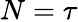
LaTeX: N=\tau